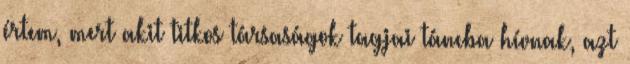
értem, mert akit tit­kos társaságok tagjai táncba hívnak, azt